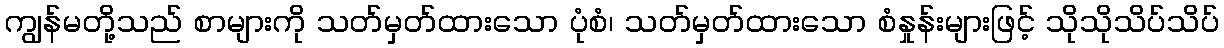
ကျွန်မတို့သည် စာများကို သတ်မှတ်ထားသော ပုံစံ၊ သတ်မှတ်ထားသော စံနှုန်းများဖြင့် သိုသိုသိပ်သိပ်